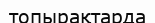
топырақтарда